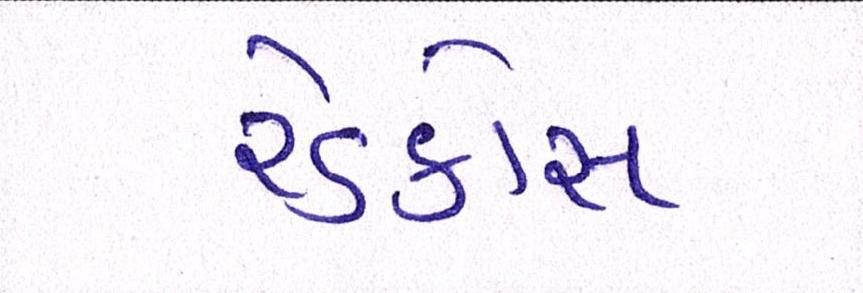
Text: રેડક્રોસ